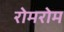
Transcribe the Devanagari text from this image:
रोमरोम